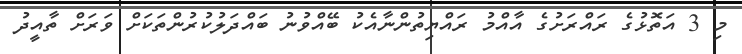
މި 3 އަތޮޅުގެ ރައްރަށުގެ އާއްމު ރައްޔިތުންނާއެކު ބޭއްވުނު ބައްދަލުކުރުންތަކަށް ވަރަށް ތާއީދު